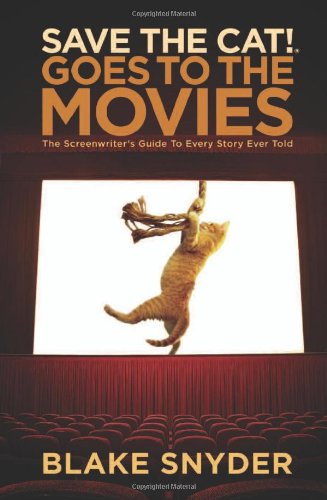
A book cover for Save the Cat! Goes to the Movies: The Screenwriter's Guide to Every Story Ever Told; Blake Snyder; Humor & Entertainment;